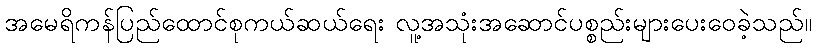
အမေရိကန်ပြည်ထောင်စုကယ်ဆယ်ရေး လူ့အသုံးအဆောင်ပစ္စည်းများပေးဝေခဲ့သည်။